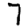
Digit: 7